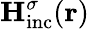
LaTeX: {{\mathbf H}_{\mathrm{{inc}}}^{\sigma}}({\mathbf r})